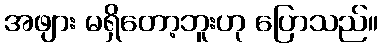
အဖျား မရှိတော့ဘူးဟု ပြောသည်။